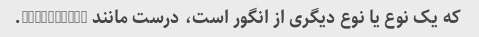
که یک نوع یا نوع دیگری از انگور است، درست مانند chardonnay.